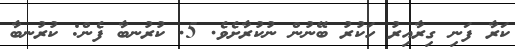
ކަރާ ފަނި ގިރާއިރު ހަކުރު ބޭނުން ނުކުރާށެވެ. 5. ކުރުނބާ ފެން: ކުރުނބާ